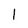
Character: 1